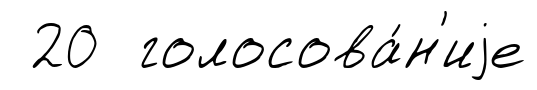
20 голосова́н'иjе